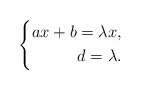
\begin{align*}\left\{\begin{aligned}ax+b=\lambda x,\\d=\lambda. \end{aligned}\right.\end{align*}